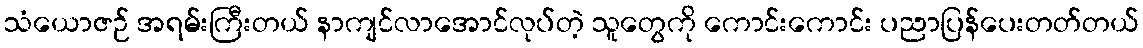
သံယောဇဉ် အရမ်းကြီးတယ် နာကျင်လာအောင်လုပ်တဲ့ သူတွေကို ကောင်းကောင်း ပညာပြန်ပေးတတ်တယ်